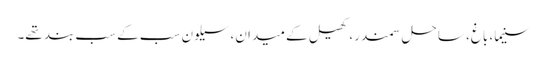
سنیما، باغ، ساحلِ سمندر، کھیل کے میدان، سیلون سب کے سب بند تھے۔